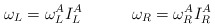
\begin{align*}\omega _L=\omega _L^AI_L^A\quad \quad \quad \omega _R=\omega _R^AI_R^A\end{align*}